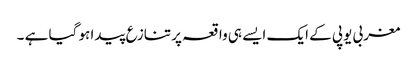
مغربی یوپی کے ایک ایسے ہی واقعہ پر تنازع پیدا ہو گیا ہے ۔